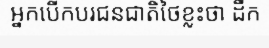
អ្នកបើកបរជនជាតិថៃខ្លះថា ដឹក